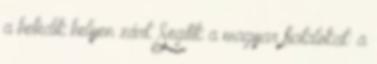
a hetedik helyen zárt. Segítik a magyar fiatalokat: a